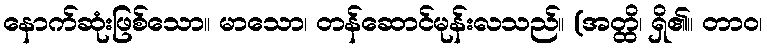
နောက်ဆုံးဖြစ်သော။ မာသော၊ တန်ဆောင်မုန်းလသည်။ (အတ္ထိ၊ ရှိ၏။ တာဝ၊